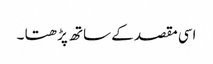
اسی مقصد کے ساتھ پڑھتا ۔